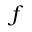
f